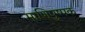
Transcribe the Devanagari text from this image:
माणिपुष्पक